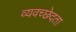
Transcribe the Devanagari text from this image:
व्यवच्छेदता